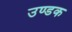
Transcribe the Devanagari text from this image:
उण्डक